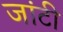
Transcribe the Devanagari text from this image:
जांटी